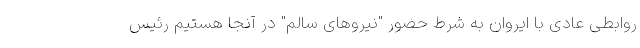
روابطی عادی با ایروان به شرط حضور "نیروهای سالم" در آنجا هستیم رئیس